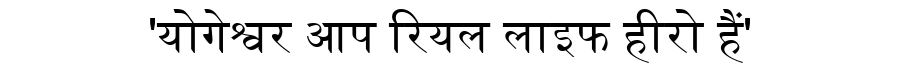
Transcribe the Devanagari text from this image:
'योगेश्वर आप रियल लाइफ हीरो हैं'